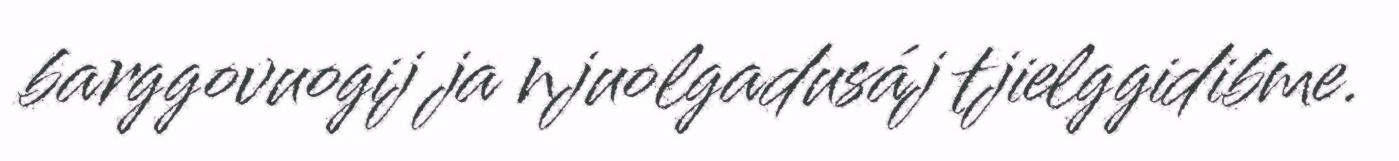
barggovuogij ja njuolgadusáj tjielggidibme.